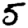
Digit: 5